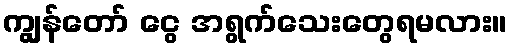
ကျွန်တော် ငွေ အရွက်သေးတွေရမလား။